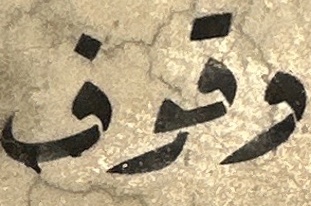
وقوف